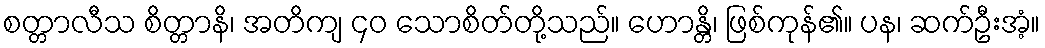
စတ္တာလီသ စိတ္တာနိ၊ အတိကျ ၄၀ သောစိတ်တို့သည်။ ဟောန္တိ၊ ဖြစ်ကုန်၏။ ပန၊ ဆက်ဦးအံ့။